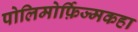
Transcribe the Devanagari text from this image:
पोलिमोर्फ़िज्मकहा